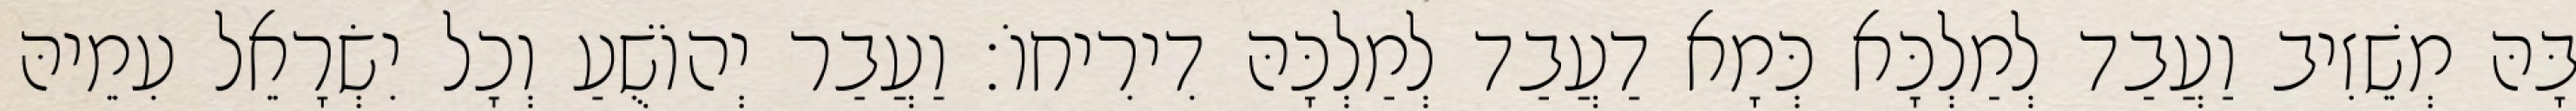
בָּהּ מְשֵׁזִיב וַעֲבַד לְמַלְכָּא כְּמָא דַעֲבַד לְמַלְכָּהּ דִירִיחוֹ׃ וַעֲבַר יְהוֹשֻׁעַ וְכָל יִשְׂרָאֵל עִמֵיהּ